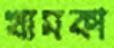
খামকা